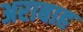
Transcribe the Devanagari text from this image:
अराबाह